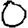
Digit: 0